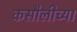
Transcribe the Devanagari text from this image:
कसौलीच्या